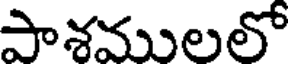
పాశములలో